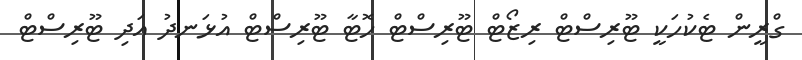
ގްރީން ޓެކުހަކީ ޓޫރިސްޓް ރިޒޯޓް ޓޫރިސްޓް ހޮޓާ ޓޫރިސްޓް އުޅަނދު އަދި ޓޫރިސްޓް